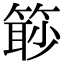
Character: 𥰚